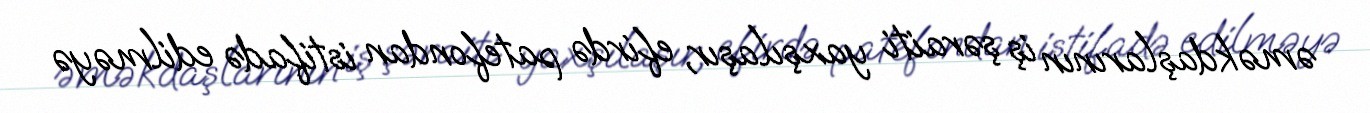
əməkdaşlarının iş şəraiti yaxşılaşır, efirdə patefondan istifadə edilməyə